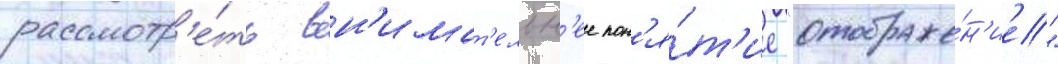
рассмотр'е́ть вн'имат'ельн'ее пон'я́т'ие "отображе́н'ие"